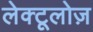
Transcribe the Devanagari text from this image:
लेक्टूलोज़